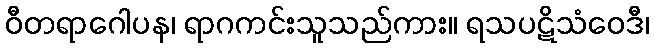
ဝီတရာဂေါပန၊ ရာဂကင်းသူသည်ကား။ ရသပဋိသံဝေဒီ၊